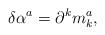
LaTeX: \begin{align*}\delta \alpha ^{a}=\partial ^{k}m_{k}^{a}, \end{align*}